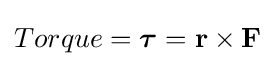
Torque={\boldsymbol {\tau }}=\mathbf {r} \times \mathbf {F} \,\!